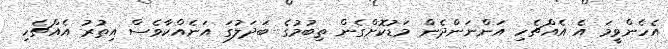
އެހެންވީމަ އެ އެއްޗެހި އަންނަންދެން މަޑުކޮށްގެން ތިބުމުގެ ބަދަލުގަ އަނެއްކާވެސް އިތުރު އެއްޗެހި